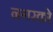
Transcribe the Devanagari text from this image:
नगरको